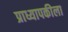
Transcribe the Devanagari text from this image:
प्राध्यापकीला